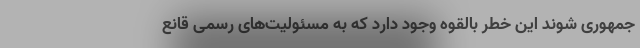
جمهوری شوند این خطر بالقوه وجود دارد که به مسئولیت‌های رسمی قانع